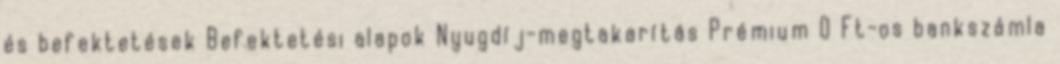
és befektetések Befektetési alapok Nyugdíj-megtakarítás Prémium 0 Ft-os bankszámla